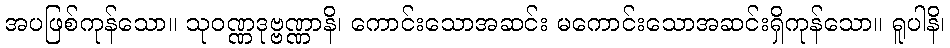
အပဖြစ်ကုန်သော။ သုဝဏ္ဏဒုဗ္ဗဏ္ဏာနိ၊ ကောင်းသောအဆင်း မကောင်းသောအဆင်းရှိကုန်သော။ ရူပါနိ၊